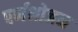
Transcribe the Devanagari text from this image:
पर्णभोजन